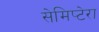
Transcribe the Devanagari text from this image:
सेमिप्टेरा